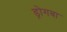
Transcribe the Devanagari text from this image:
ड्रोगबा